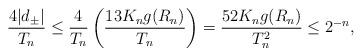
LaTeX: \begin{align*}\frac{4|d_{\pm}|}{T_n} \leq \frac{4}{T_n} \left(\frac{13 K_n g(R_n)}{T_n}\right) = \frac{52K_n g(R_n)}{T_n^2} \leq 2^{-n},\end{align*}